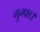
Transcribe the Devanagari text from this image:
गुम्फा।